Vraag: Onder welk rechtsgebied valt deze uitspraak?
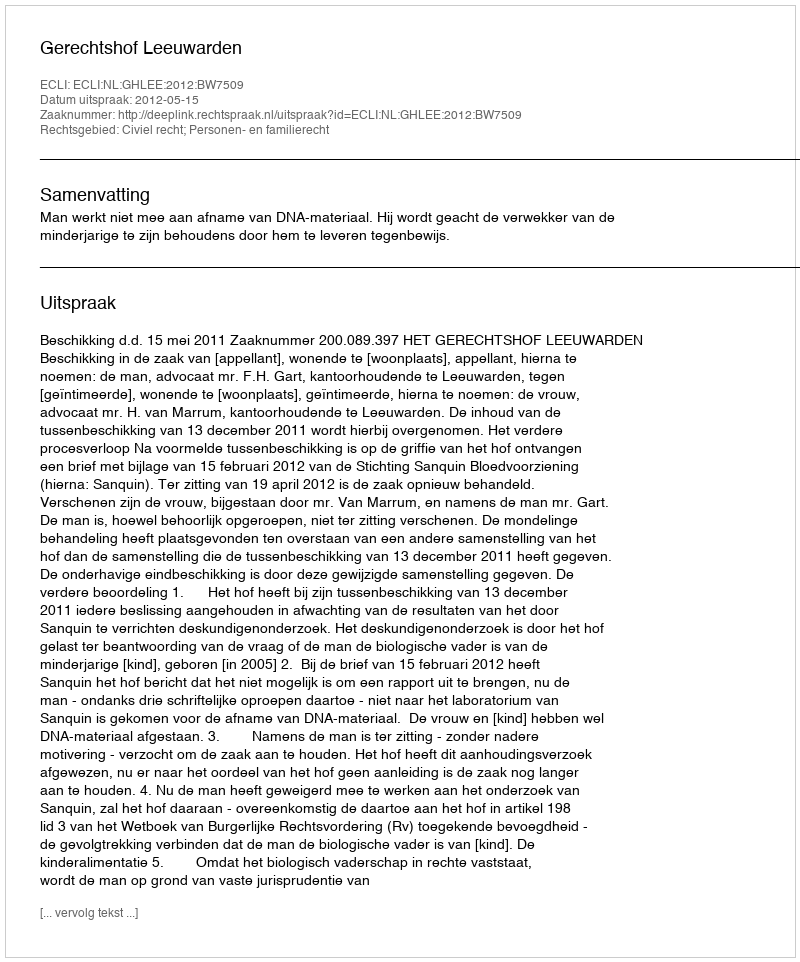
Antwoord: Civiel recht; Personen- en familierecht